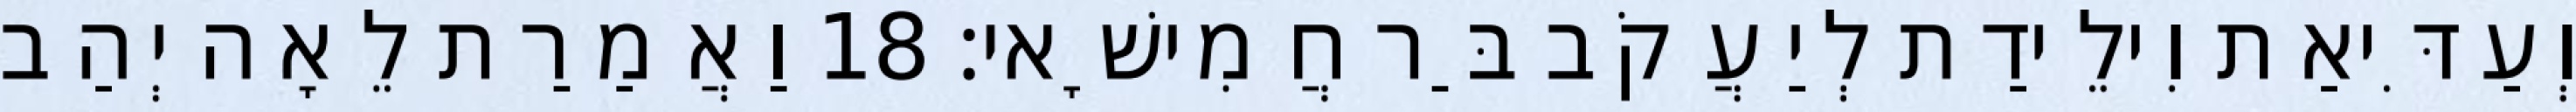
וְעַדִּיאַת וִילֵידַת לְיַעֲקֹב בַּר חֲמִישָׁאי׃ 18 וַאֲמַרַת לֵאָה יְהַב